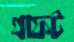
গ্রাফট